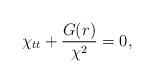
LaTeX: \begin{align*}\chi_{tt} + \frac{G(r)}{\chi^2} = 0,\end{align*}